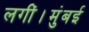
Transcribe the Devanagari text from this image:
लगीं।मुंबई